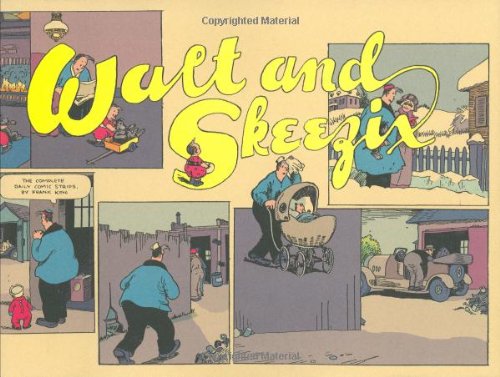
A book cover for Walt and Skeezix: Book One, 1921 & 1922 (Bk. 1); Frank King; Comics & Graphic Novels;